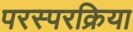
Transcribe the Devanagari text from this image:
परस्परक्रिया